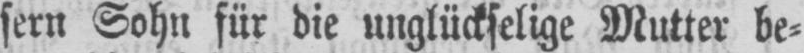
sern Sohn für die unglückselige Mutter be⸗